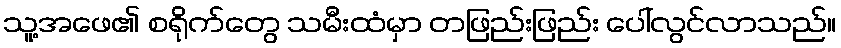
သူ့အဖေ၏ စရိုက်တွေ သမီးထံမှာ တဖြည်းဖြည်း ပေါ်လွင်လာသည်။